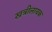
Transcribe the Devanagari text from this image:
खत्रीलायक